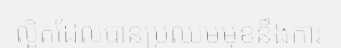
ល្អិតដែលបានប្រឈមមុខនឹងការ